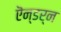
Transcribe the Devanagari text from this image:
ऎन्डर्न